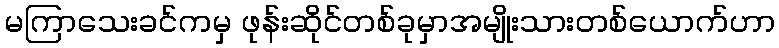
မကြာသေးခင်ကမှ ဖုန်းဆိုင်တစ်ခုမှာအမျိုးသားတစ်ယောက်ဟာ